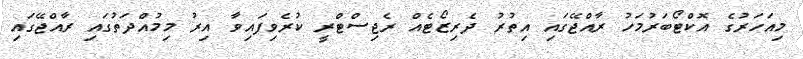
މިއަހަރުގެ އޮކްޓޯބަރުމަހު ރާއްޖޭގައި އިތުރު ދެރިޒޯޓެއް ރެޖިސްޓްރީ ކުރެވިފައިވާ އިރު މިމުއްދަތުގައި ރާއްޖޭގައި